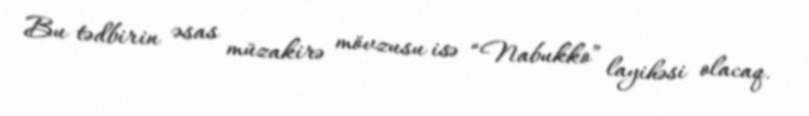
Bu tədbirin əsas müzakirə mövzusu isə “Nabukko” layihəsi olacaq.